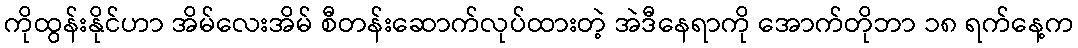
ကိုထွန်းနိုင်ဟာ အိမ်လေးအိမ် စီတန်းဆောက်လုပ်ထားတဲ့ အဲဒီနေရာကို အောက်တိုဘာ ၁၈ ရက်နေ့က